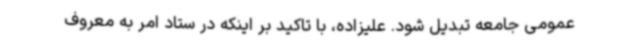
عمومی جامعه تبدیل شود. علیزاده، با تاکید بر اینکه در ستاد امر به معروف